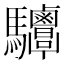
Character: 𩧤